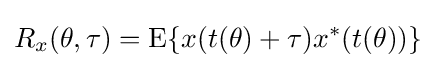
R_{x}(\theta ,\tau )=\operatorname {E} \{x(t(\theta )+\tau )x^{*}(t(\theta ))\}